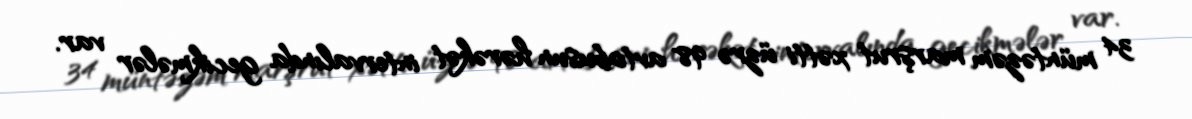
34 müntəzəm marşrut xətti üzrə 98 avtobusun hərəkət intervalında gecikmələr var.